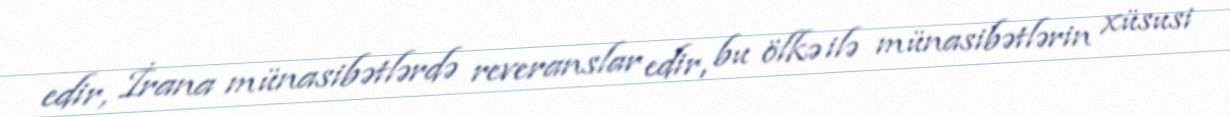
edir, İrana münasibətlərdə reveranslar edir, bu ölkə ilə münasibətlərin xüsusi